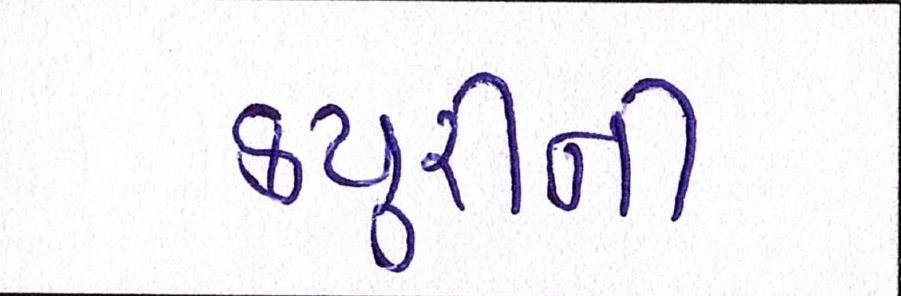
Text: ક્યુરીની